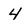
Character: 4